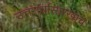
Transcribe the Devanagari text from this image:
उत्तरार्धासारखाच